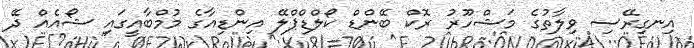
އިނގިރޭސި ވިލާތުގެ މަޝްހޫރު ރޮކް ބޭންޑް ކޯލްޑްޕްލޭ އިންޑިއާގެ މުމްބާއީގައި ޝޯއެއް ދޭ